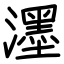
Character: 濹